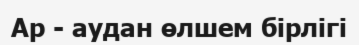
Ар - аудан өлшем бірлігі